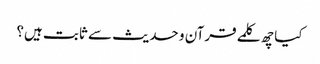
کیا چھ کلمے قرآن و حدیث سے ثابت ہیں؟